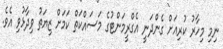
ނިމި މިހާރު ކުރިއަށް ގެންދަނީ އެގްރީމަންޓުގެ މަސައްކަތް ކަމަށް ޒިޔަތު ވިދާޅުވި އެވެ.